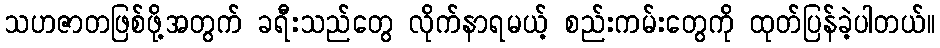
သဟဇာတဖြစ်ဖို့အတွက် ခရီးသည်တွေ လိုက်နာရမယ့် စည်းကမ်းတွေကို ထုတ်ပြန်ခဲ့ပါတယ်။